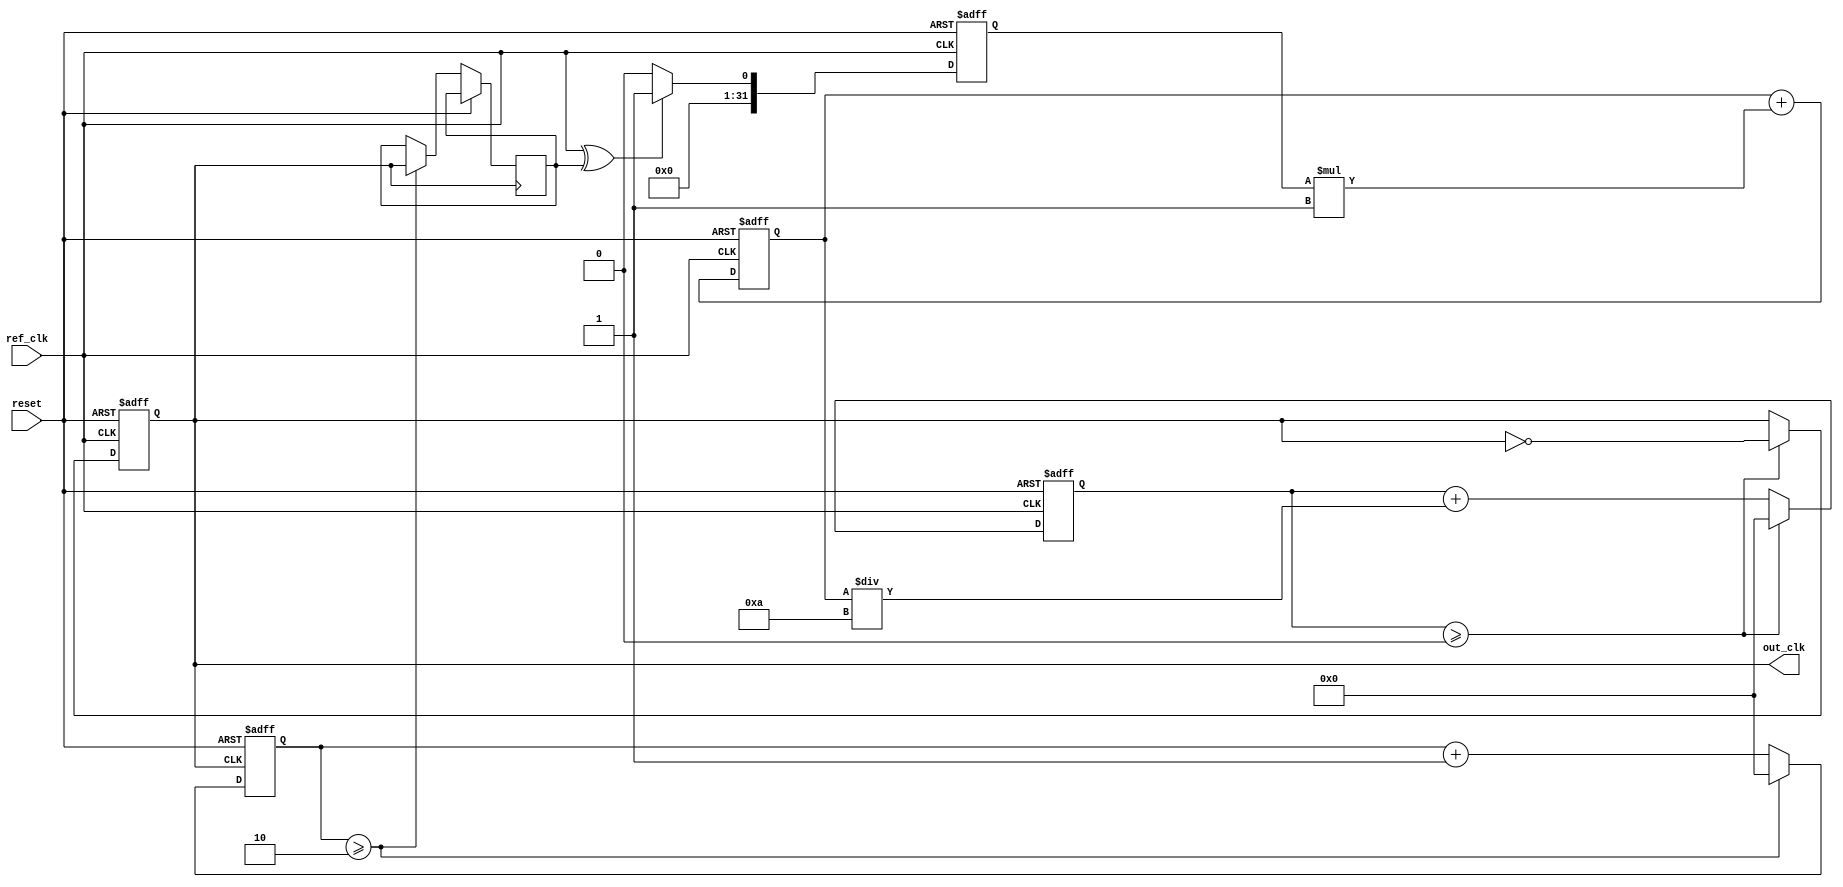
module parameterized_PLL #(
    parameter REF_CLK_FREQ = 50_000_000,   // Reference clock frequency in Hz
    parameter OUT_CLK_FREQ = 100_000_000,   // Desired output clock frequency in Hz
    parameter DIV_RATIO = OUT_CLK_FREQ / REF_CLK_FREQ, // Feedback division ratio
    parameter LOOP_FILTER_GAIN = 1,         // Proportional gain for loop filter
    parameter VCO_SENSITIVITY = 10          // VCO sensitivity
)(
    input wire ref_clk,                      // Reference clock input
    input wire reset,                        // Asynchronous reset
    output reg out_clk                       // Output clock
);

    // Internal signals
    reg [31:0] phase_error;                  // Phase error signal
    reg [31:0] control_voltage;               // Control voltage for VCO
    reg [31:0] vco_counter;                   // VCO counter for generating output clock
    reg [31:0] feedback_counter;              // Feedback counter for division
    reg vco_clk;                              // VCO clock output

    // Phase Detector (simple XOR-based for demonstration)
    always @(posedge ref_clk or posedge reset) begin
        if (reset) begin
            phase_error <= 0;
        end else begin
            // Simple phase detector logic (XOR)
            phase_error <= (ref_clk ^ vco_clk) ? 1 : 0;
        end
    end

    // Loop Filter (simple proportional filter)
    always @(posedge ref_clk or posedge reset) begin
        if (reset) begin
            control_voltage <= 0;
        end else begin
            control_voltage <= control_voltage + (phase_error * LOOP_FILTER_GAIN);
        end
    end

    // Voltage-Controlled Oscillator (VCO)
    always @(posedge ref_clk or posedge reset) begin
        if (reset) begin
            vco_counter <= 0;
            out_clk <= 0;
        end else begin
            // Update VCO counter based on control voltage
            vco_counter <= vco_counter + (control_voltage / VCO_SENSITIVITY);
            if (vco_counter >= (REF_CLK_FREQ / OUT_CLK_FREQ)) begin
                vco_counter <= 0;
                out_clk <= ~out_clk; // Toggle output clock
            end
        end
    end

    // Feedback Divider
    always @(posedge out_clk or posedge reset) begin
        if (reset) begin
            feedback_counter <= 0;
        end else begin
            feedback_counter <= feedback_counter + 1;
            if (feedback_counter >= DIV_RATIO) begin
                feedback_counter <= 0;
                vco_clk <= out_clk; // Feedback to phase detector
            end
        end
    end

endmodule